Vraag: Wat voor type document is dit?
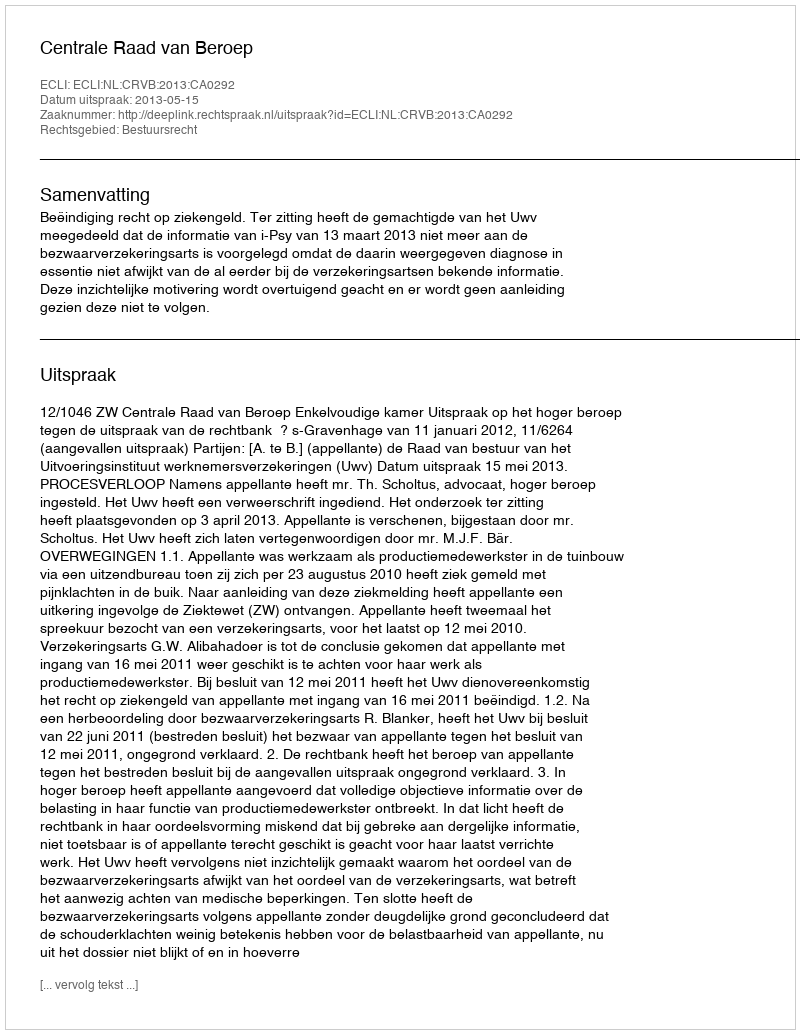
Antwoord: Uitspraak